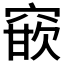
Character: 𮄈